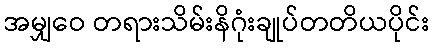
အမျှဝေ တရားသိမ်းနိဂုံးချုပ်တတိယပိုင်း